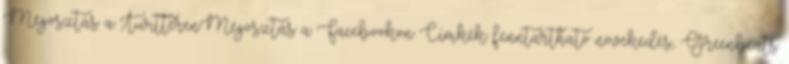
Megosztás a TwitterenMegosztás a Facebookon Címkék: fenntartható növekedés, Greenbeats